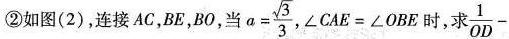
②如图(2)，连接AC，ME，0，当 $$a =